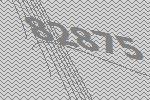
82875